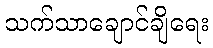
သက်သာချောင်ချိရေး